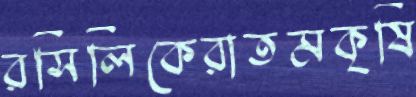
রসিলিকেরাতমকৃষি